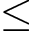
\leq